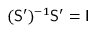
( \mathsf { S } ^ { \prime } ) ^ { - 1 } \mathsf { S } ^ { \prime } = \mathsf { I }